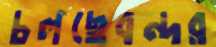
চলছেবন্দর